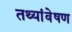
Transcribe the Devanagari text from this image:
तथ्यांवेषण